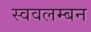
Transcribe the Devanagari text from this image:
स्ववलम्बन